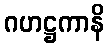
ဂဟဋ္ဌကာနိ